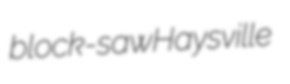
block-saw Haysville